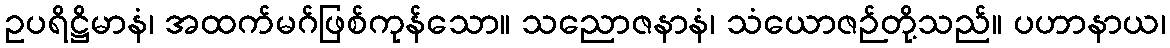
ဥပရိဋ္ဌိမာနံ၊ အထက်မဂ်ဖြစ်ကုန်သော။ သညောဇနာနံ၊ သံယောဇဉ်တို့သည်။ ပဟာနာယ၊